Problem: 8 × 7 = ?
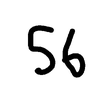
Handwritten answer: 56